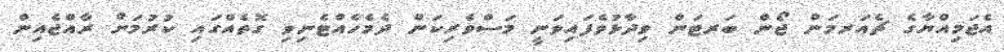
އެޖަމިއްޔާގެ ޗެއަރމަން ޖޯން ބަރޓަން ވިދާޅުވެފައިވަނީ މަސްވެރިކަން ދެމެހެއްޓެނިވި ގޮތެއްގައި ކުރުމަށް ރާއްޖެއިން